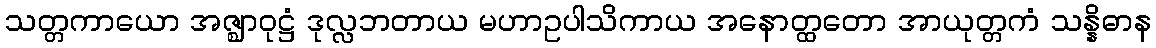
သတ္တကာယော အဇ္ဈာဝုဋ္ဌံ ဒုလ္လဘတာယ မဟာဥပါသိကာယ အနောတ္ထတော အာယုတ္တကံ သန္နိဓာန